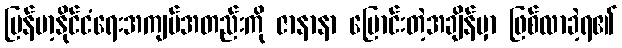
မြန်မာ့နိုင်ငံရေးအကျပ်အတည်းကို ဇာနာနာ ပြောင်းတဲ့အချိန်မှာ ဖြစ်လာခဲ့ရ၏